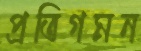
প্রতিগমন